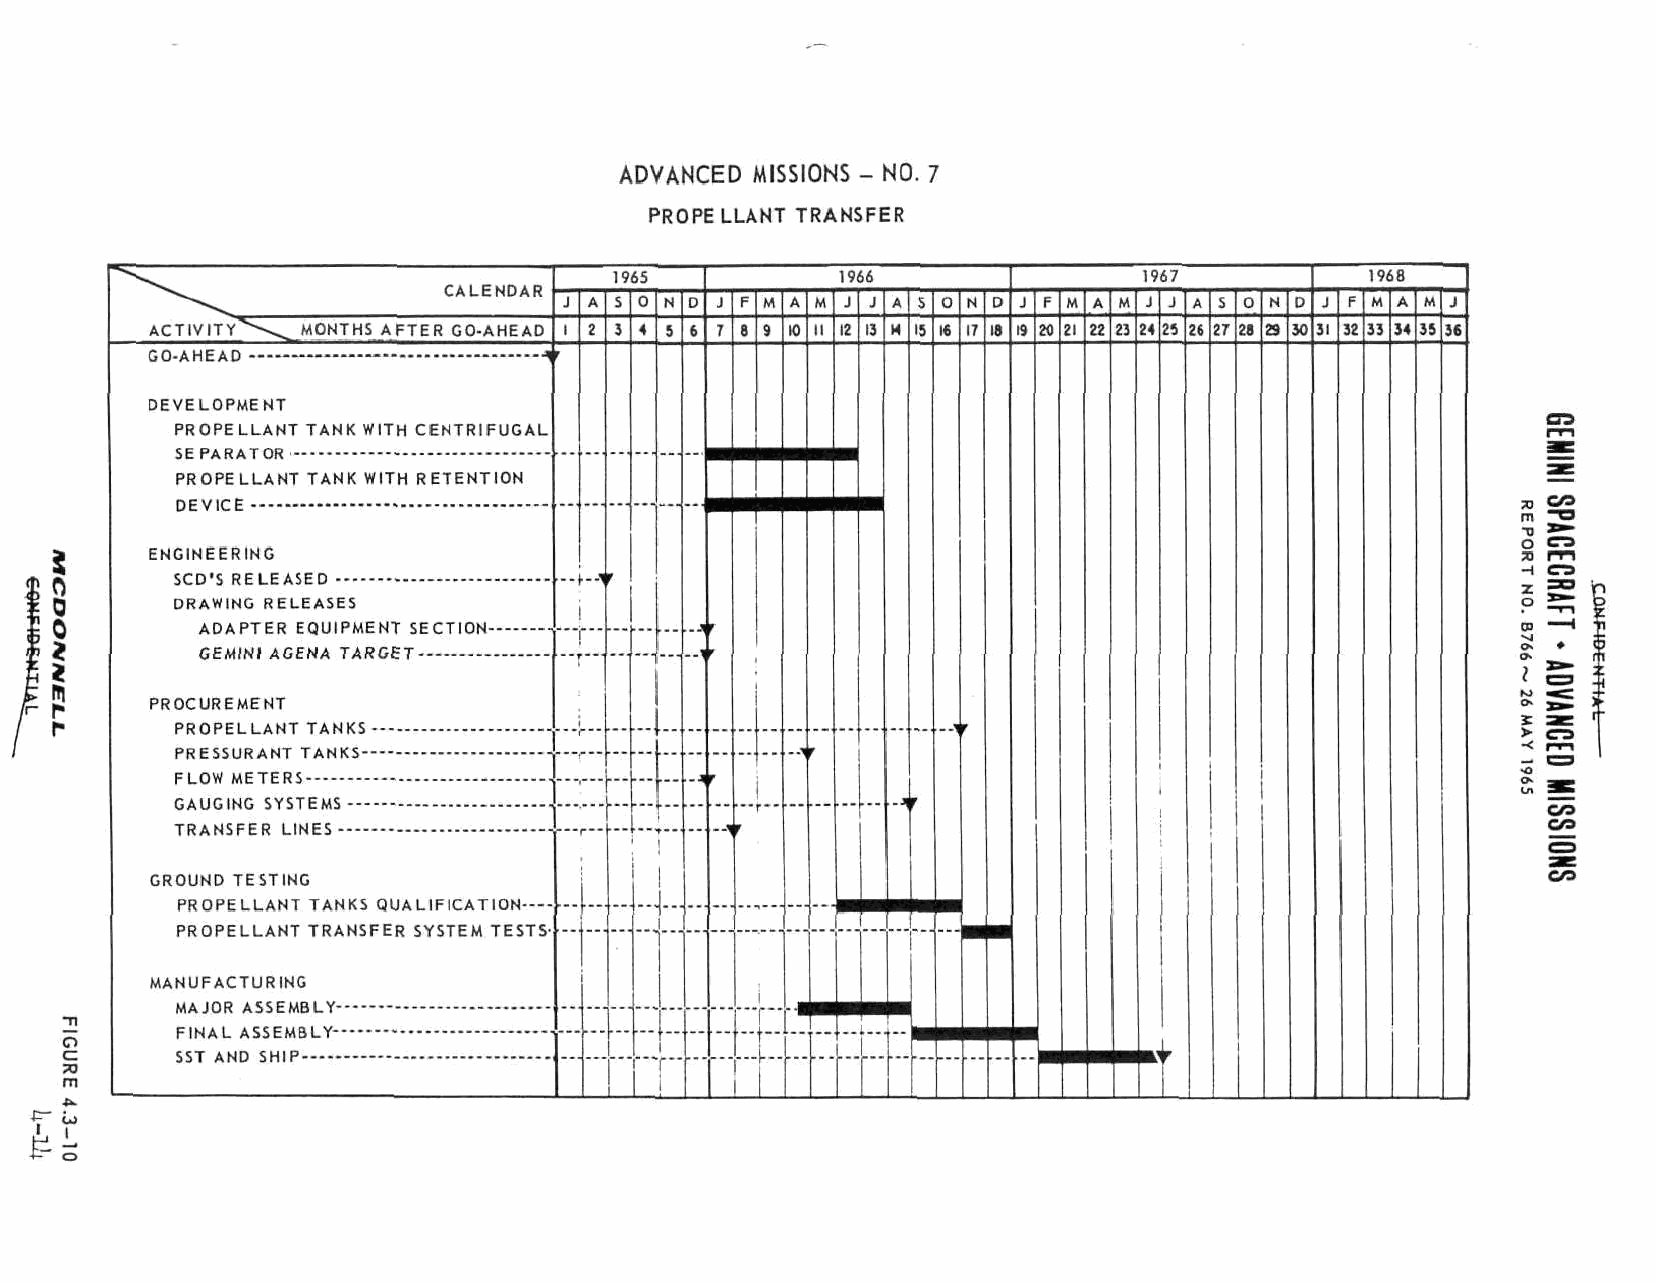
ADVANCED MISSIONS - NO. 7
 PROPELLANT TRANSFER
 1965          1966                 1967
 CALENDAR
 A S  N D J F M A    A S  N D J F A M
 ACTIVITY  MONTHS AFTER GO-AHEAD                       i7 ia 20 21 22 23 24 25 26 27 28 29
 GO-AHEAD
 DEVELOPMENT
 PROPELLANT TANK WITH CENTRIf UGAL
 SEPARATOR
 PROPELLANT TANK WITH RETENTION
 DEVICE
 ENGINEERING
 SCD'S RELEASED
 DRAWING RELEASES
 ADAPTER EQUIPMENT SECTION-
 GEMINI AGENA TARGET
 PROCUREMENT
 PROPELLANT TANKS
 PRESSURANT TANKS-
 FLOW METERS
 GAUGING SYSTEMS —
 TRANSFER LINES
 GROUND TESTING
 PROPELLANT TANKS QUALIFICATION---
 PROPELLANT TRANSFER SYSTEM TESTS
 MANUFACTURING
 MAJOR ASSEMBLY-
 FINAL ASSEMBLY-
 SST AND SHIP
 T"T"
 T.r
 r-